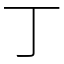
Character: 丁